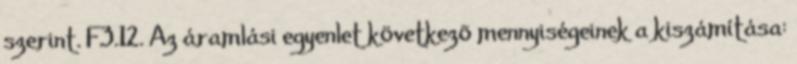
szerint. F3.12. Az áramlási egyenlet következõ mennyiségeinek a kiszámítása: